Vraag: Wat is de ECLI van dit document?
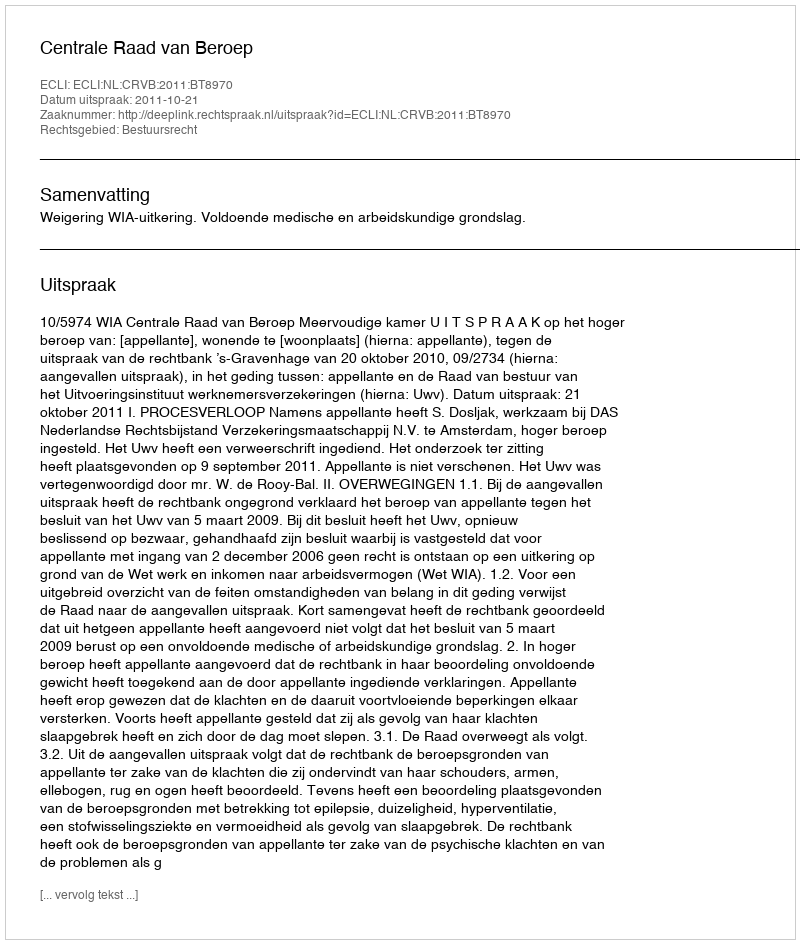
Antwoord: ECLI:NL:CRVB:2011:BT8970